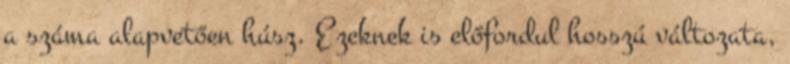
a száma alapvetően húsz. Ezeknek is előfordul hosszú változata,